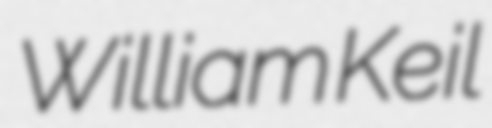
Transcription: William Keil